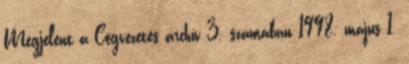
Megjelent a Cégvezetés archív 3. számában 1998. május 1.